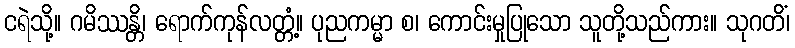
ငရဲသို့။ ဂမိဿန္တိ၊ ရောက်ကုန်လတ္တံ့။ ပုညကမ္မာ စ၊ ကောင်းမှုပြုသော သူတို့သည်ကား။ သုဂတိံ၊